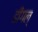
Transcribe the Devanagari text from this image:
डींगल्